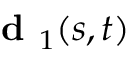
\textbf { d } _ { 1 } ( s , t )